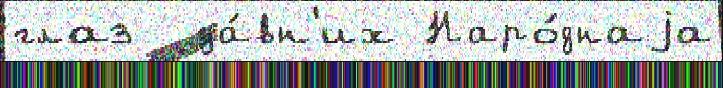
глаз  да́вн'их Наро́днаjа